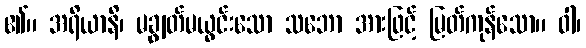
၏။ အရိယာနိ၊ မချွတ်မယွင်းသော သဘော အားဖြင့် မြတ်ကုန်သော။ ဝါ၊